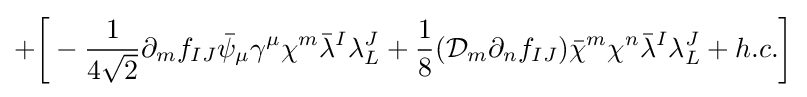
+{\bigg [}-{\frac {1}{4{\sqrt {2}}}}\partial _{m}f_{IJ}{\bar {\psi }}_{\mu }\gamma ^{\mu }\chi ^{m}{\bar {\lambda }}^{I}\lambda _{L}^{J}+{\frac {1}{8}}({\mathcal {D}}_{m}\partial _{n}f_{IJ}){\bar {\chi }}^{m}\chi ^{n}{\bar {\lambda }}^{I}\lambda _{L}^{J}+h.c.{\bigg ]}